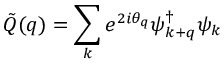
{ \tilde { Q } } ( q ) = \sum _ { k } e ^ { 2 i \theta _ { q } } \psi _ { k + q } ^ { \dagger } \psi _ { k }